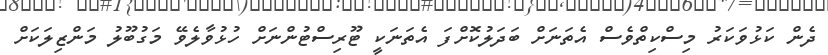
ދެން ކަޅުވަކަރު މިސްކިތްވެސް އެތަނަށް ބަދަލުކޮށްފަ އެތަނަކީ ޓޫރިސްޓުންނަށް ހުޅުވާލެވޭ މަގުބޫލު މަންޒިލަކަށް